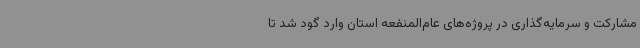
مشارکت و سرمایه‌گذاری در پروژه‌های عام‌المنفعه استان وارد گود شد تا